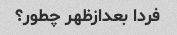
فردا بعدازظهر چطور؟